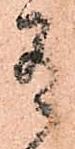
有